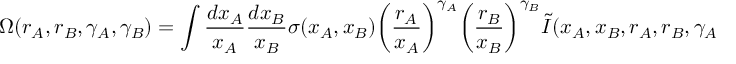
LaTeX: \Omega ( r _ { A } , r _ { B } , \gamma _ { A } , \gamma _ { B } ) = \int { \frac { d x _ { A } } { x _ { A } } } { \frac { d x _ { B } } { x _ { B } } } \sigma ( x _ { A } , x _ { B } ) \biggl ( { \frac { r _ { A } } { x _ { A } } } \biggr ) ^ { \gamma _ { A } } \biggl ( { \frac { r _ { B } } { x _ { B } } } \biggr ) ^ { \gamma _ { B } } \tilde { I } ( x _ { A } , x _ { B } , r _ { A } , r _ { B } , \gamma _ { A } , \gamma _ { B } ) \, \, ,